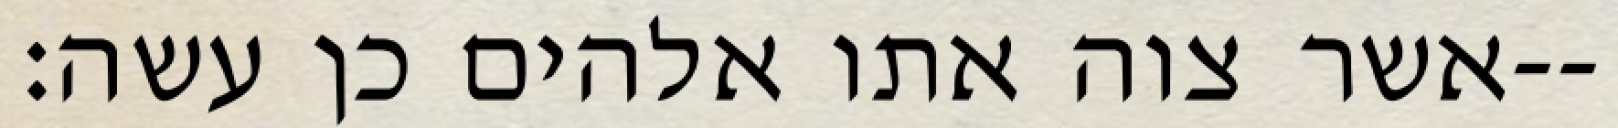
אשר צוה אתו אלהים כן עשה׃--